Document type: Acquittal of debt
Year: 1424
Scribe: Francesc de Casanoves
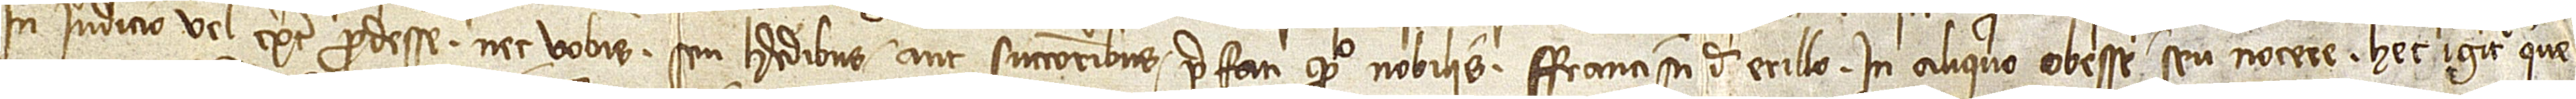
in iudicio vel extra prodesse, nec vobis seu heredibus aut successoribus prefati quondam nobilis Francisci de Erillo in aliquo obesse seu nocere. Hec igitur que